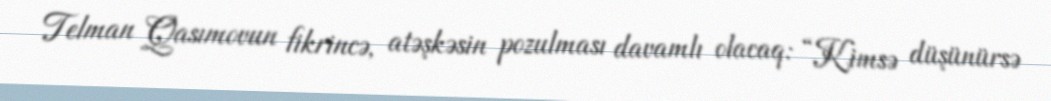
Telman Qasımovun fikrincə, atəşkəsin pozulması davamlı olacaq: “Kimsə düşünürsə